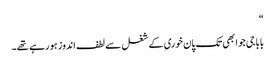
“
بابا جی جو ابھی تک پان خوری کے شغل سے لطف اندوز ہو رہے تھے۔